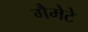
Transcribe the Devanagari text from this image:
गैमेटे